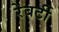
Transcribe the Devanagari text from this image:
रेबर्टी